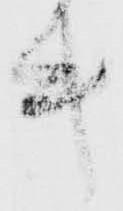
き